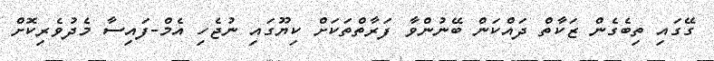
ގޭގައި ތިބެގެން ޒަކާތް ދައްކަން ބޭނުންވާ ފަރާތްތަކަށް ކިޔޫގައި ނުޖެހި އެމް-ފައިސާ މެދުވެރިކޮށް